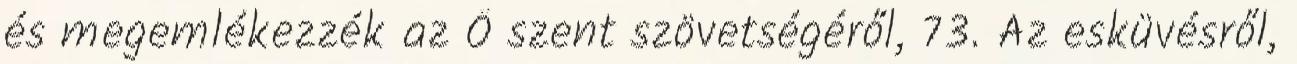
és megemlékezzék az Ő szent szövetségéről, 73. Az esküvésről,